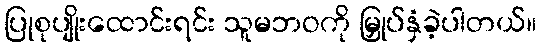
ပြုစုပျိုးထောင်းရင်း သူမဘဝကို မြှုပ်နှံခဲ့ပါတယ်။